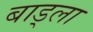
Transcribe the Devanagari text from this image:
बाड्ला